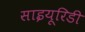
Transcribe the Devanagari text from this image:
साइयूरिडी